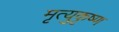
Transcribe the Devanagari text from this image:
मृत्युकृष्ण